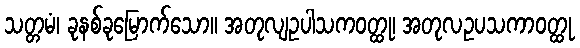
သတ္တမံ၊ ခုနစ်ခုမြောက်သော။ အတုလျဥပါသကဝတ္ထု၊ အတုလဥပသကာဝတ္ထု